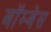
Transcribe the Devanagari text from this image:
बॉम्बेस